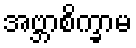
အဗ္ဘာစိက္ခာမ